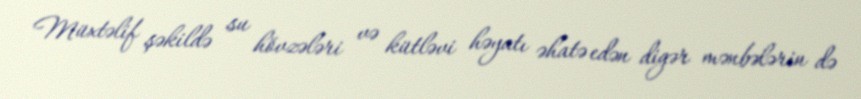
Müxtəlif şəkildə su hövzələri və kütləvi həyatı əhatə edən digər mənbələrin də